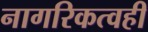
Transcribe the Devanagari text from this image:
नागरिकत्वही